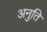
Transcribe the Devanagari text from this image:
अनुति